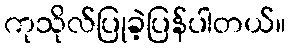
ကုသိုလ်ပြုခဲ့ပြန်ပါတယ်။